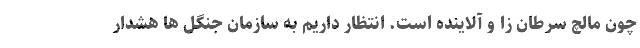
چون مالچ سرطان زا و آلاینده است. انتظار داریم به سازمان جنگل ها هشدار